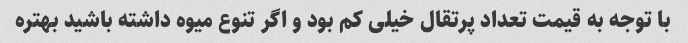
با توجه به قیمت تعداد پرتقال خیلی کم بود و اگر تنوع میوه داشته باشید بهتره